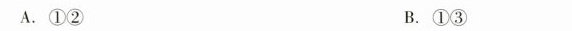
A.①② B.①③